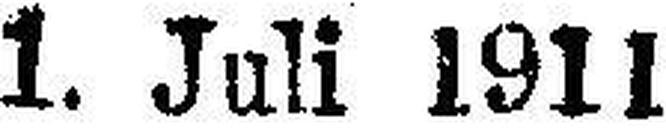
1. Juli 1911